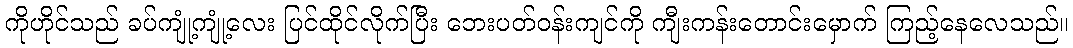
ကိုဟိုင်သည် ခပ်ကျုံ့ကျုံ့လေး ပြင်ထိုင်လိုက်ပြီး ဘေးပတ်ဝန်းကျင်ကို ကျီးကန်းတောင်းမှောက် ကြည့်နေလေသည်။